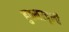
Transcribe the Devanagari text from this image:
हुक्मउदूली